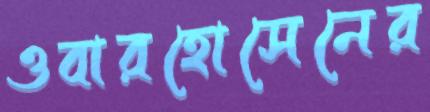
ওবারহোসেনের